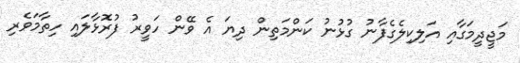
މަޖީދީމަގާއި އަލިކިލެގެފާނު ގުޅުނު ކަންމަތިން ދިޔަ އެ ވޭން ހަވީރު ފުރޮޅާލައި ހިތާމަވެރި